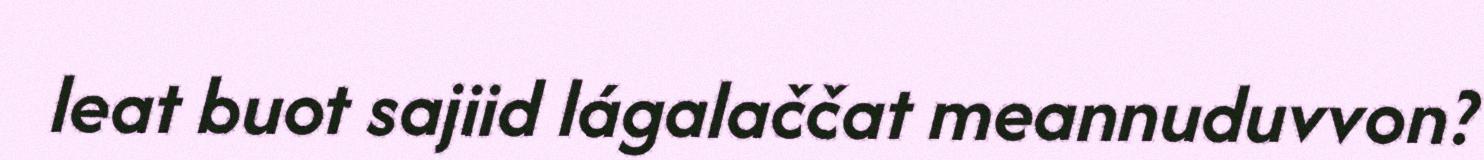
leat buot sajiid lágalaččat meannuduvvon?